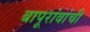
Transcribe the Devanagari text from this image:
बापूरांवांची